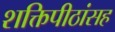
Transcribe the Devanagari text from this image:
शक्तिपीठांसह